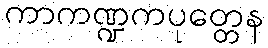
ကာကဏ္ဍကပုတ္တေန